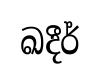
ඛදීර්